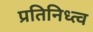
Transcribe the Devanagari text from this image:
प्रतिनिध्त्व